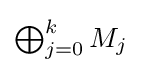
{\textstyle \bigoplus _{j=0}^{k}M_{j}}